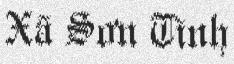
Xã Sơn Tình